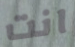
انت